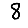
Digit: 8